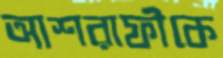
আশরাফীকে